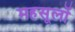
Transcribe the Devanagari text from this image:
महसूलों